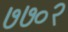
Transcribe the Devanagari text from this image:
७७०२